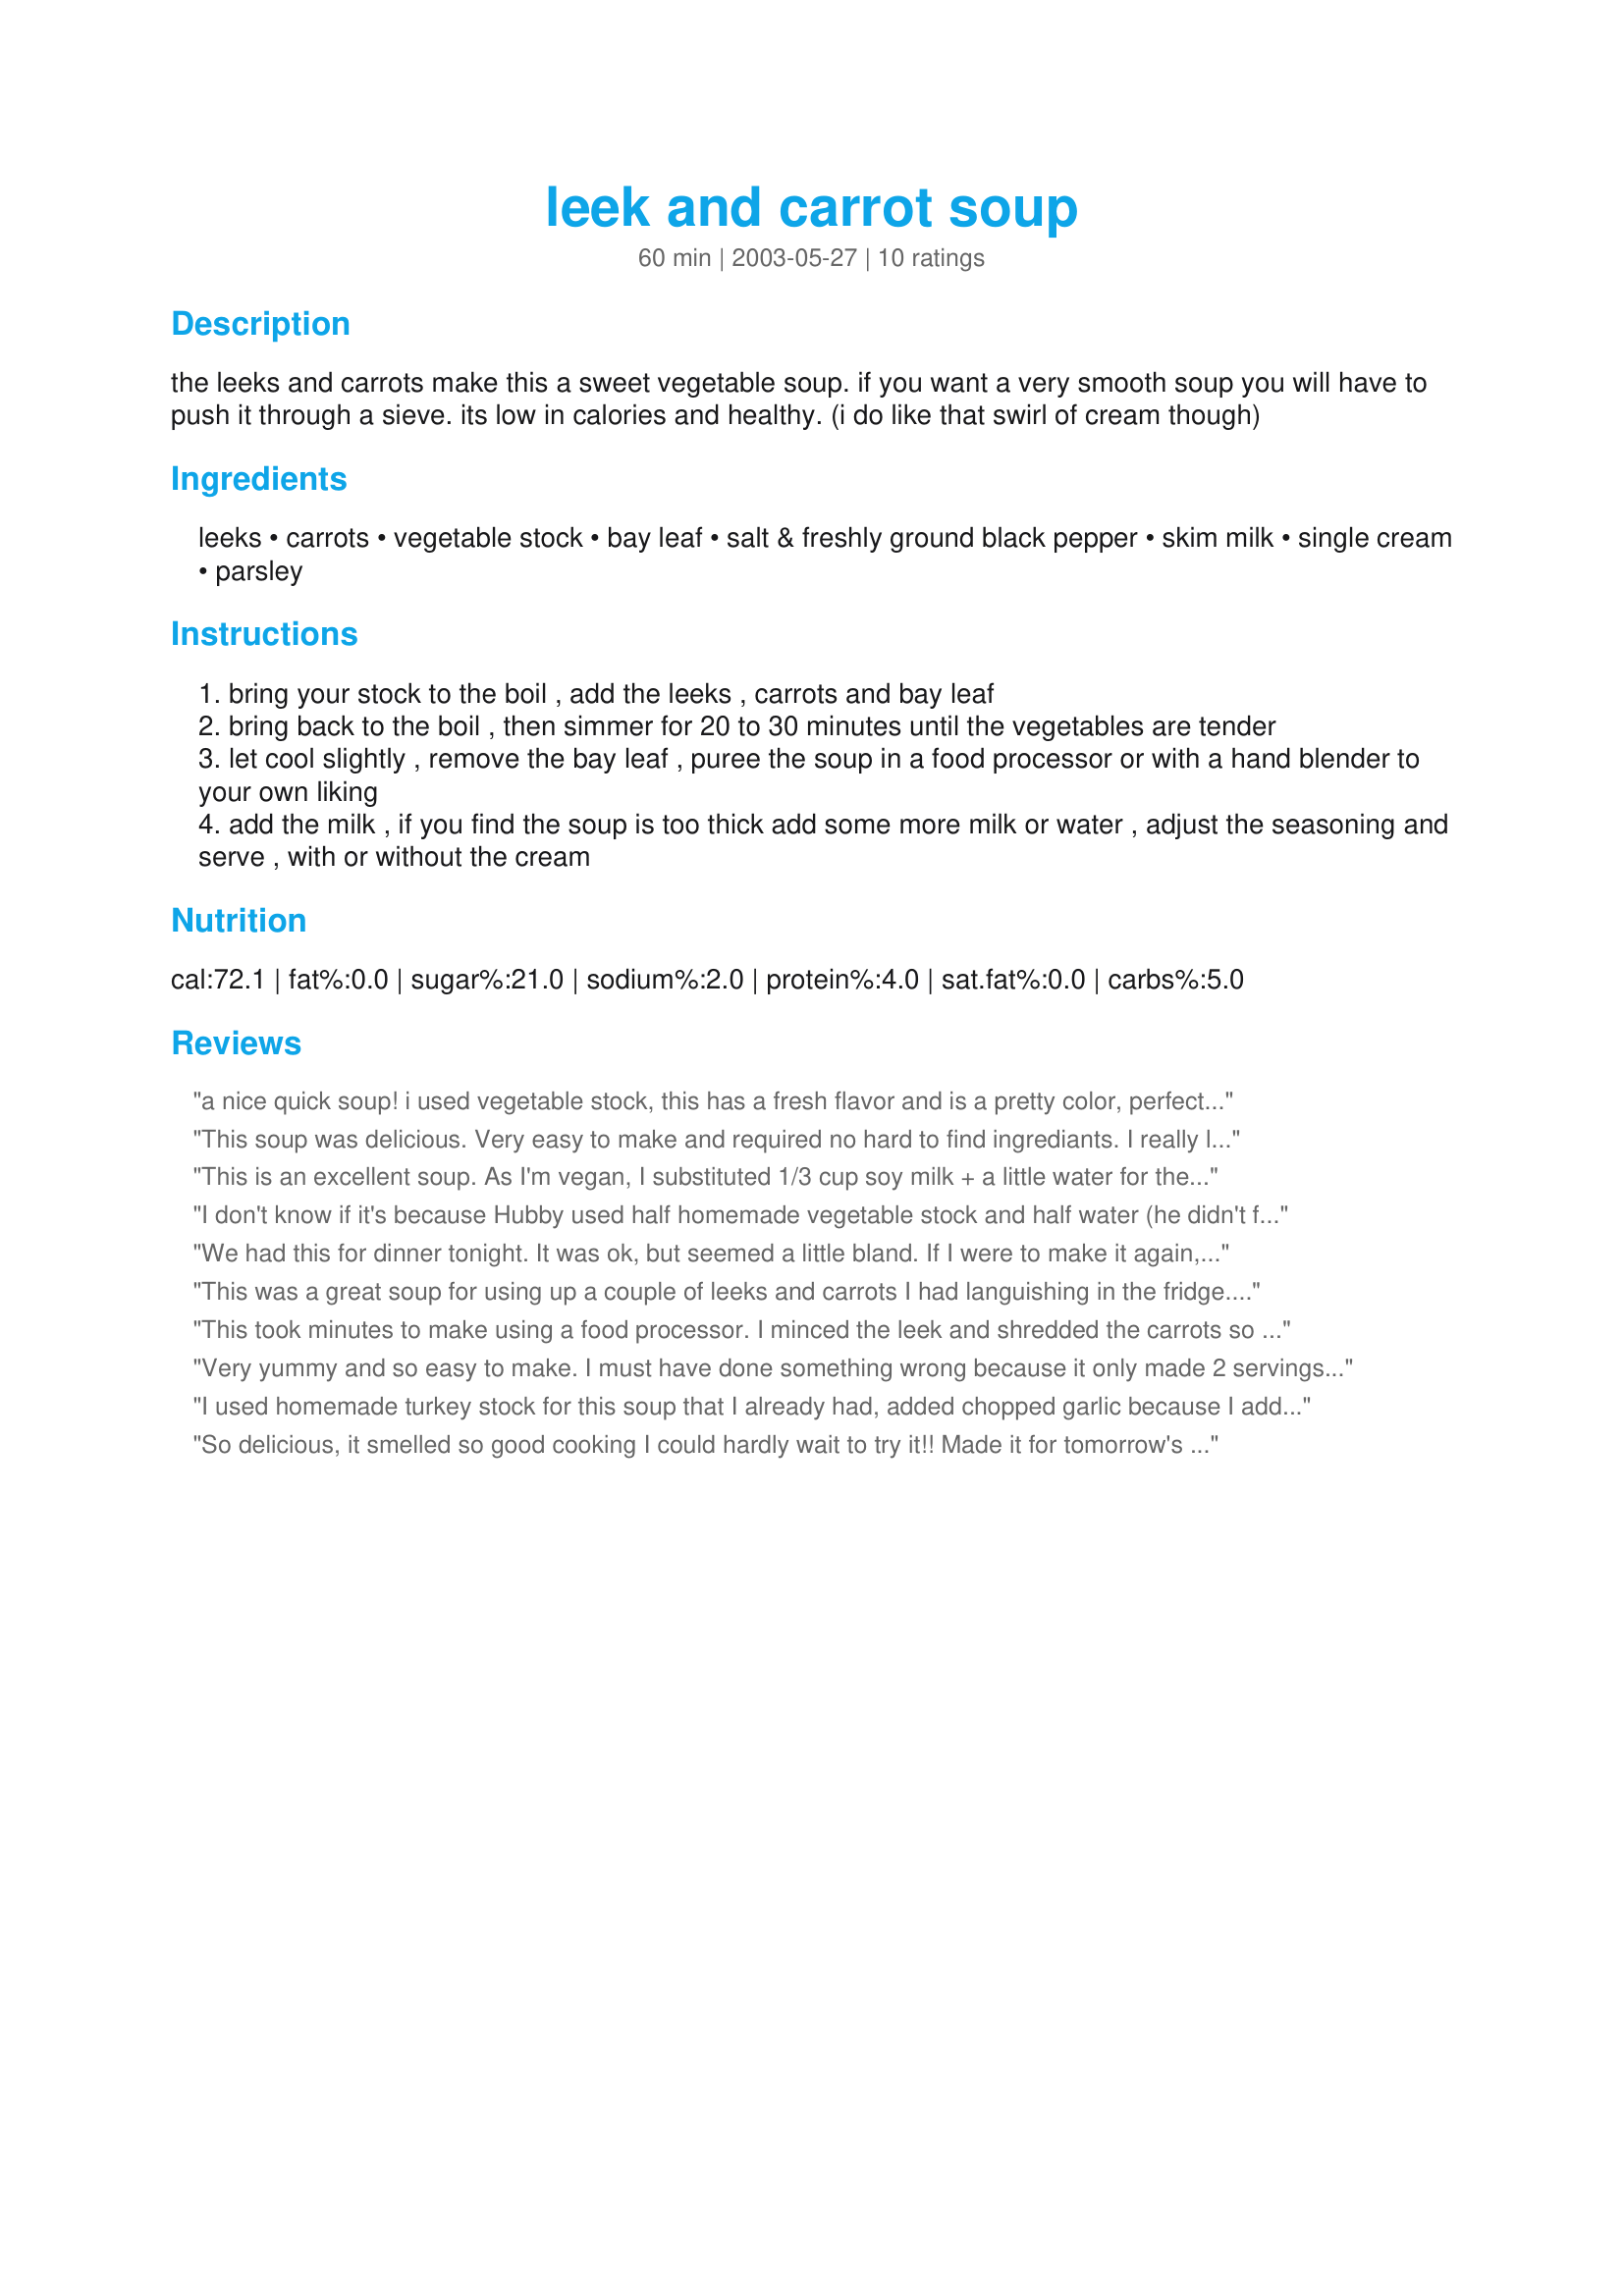
leek and carrot soup
Preparation time: 60 minutes

the leeks and carrots make this a sweet vegetable soup. if you want a very smooth soup you will have to push it through a sieve. its low in calories and healthy. (i do like that swirl of cream though)

Ingredients:
leeks, carrots, vegetable stock, bay leaf, salt & freshly ground black pepper, skim milk, single cream, parsley

Steps:
bring your stock to the boil , add the leeks , carrots and bay leaf
bring back to the boil , then simmer for 20 to 30 minutes until the vegetables are tender
let cool slightly , remove the bay leaf , puree the soup in a food processor or with a hand blender to your own liking
add the milk , if you find the soup is too thick add some more milk or water , adjust the seasoning and serve , with or without the cream

Reviews:
a nice quick soup! i used vegetable stock, this has a fresh flavor and is a pretty color, perfect for autumn
This soup was delicious. Very easy to make and required no hard to find ingrediants. I really liked it.
This is an excellent soup. As I'm vegan, I substituted 1/3 cup soy milk + a little water for the 1/4 cup skim milk. I also added a little orange juice (1/4 cup or less) and about an inch of fresh ginger. It was really fresh and wonderful hot; it's also excellent cold (I garnished it with a few sprigs of mint and a few orange peel curls).
I don't know if it's because Hubby used half homemade vegetable stock and half water (he didn't find the rest of the stock in the back of the freezer) or if this is just a soup that didn't suit our tastes so well. We didn't use milk, preferring au natural, but both and I found this one "just ok". Personal preference is everything though as attested to the other reviews. Please see my rating system, an edible soup but not one that suits our taste, that said I'm please to have tried it. Thanks Anneleis!
We had this for dinner tonight. It was ok, but seemed a little bland. If I were to make it again, I would probably saute the leeks and carrots prior to adding the broth to give it more depth. And would probably add some herbs for more flavor.
This was a great soup for using up a couple of leeks and carrots I had languishing in the fridge. I think next time I made it, I would splure on the fat count a bit and sweat the vegetables off in a tablespoon of oil before I added the stock. I topped this with a dollop of sour cream for the photo, but on the other serves, I topped it with a curry/yoghurt/mayo dressing of Evelyn Athens I had left in the fridge. That was great!
This took minutes to make using a food processor. I minced the leek and shredded the carrots so there was no need to puree. I decided not to put milk in it. We loved it
Very yummy and so easy to make. I must have done something wrong because it only made 2 servings â€“ or maybe my dad and I just ate to much!
I used homemade turkey stock for this soup that I already had, added chopped garlic because I add garlic to most dishes and some whey (from my yoghurt making) for protein. After the veggies were sufficiently soft I pureed using my hand blender. To get my boys to eat it they ended up adding lots of saltines and quite a bit of raita and homemade yoghurt, their vote was "meh" and don't really want me to make it again. Having said that I will likely make it, with alterations, for myself for lunches. Without the raita it was rather bland, so that will definitely be a must to add to the bowl before eating. I was probably more a 3 1/2 with the soup, but the the ingredient amounts were unclear, fluid ounces are not really appropriate for solid food and weight requires a scale, a kitchen gadget not everyone owns so I rounded down rather than up. Like kiwidutch says, personal preference is the key though, the ingredients appealed to me and I'm glad I tried it. With a few changes it'll be a keeper for me, if not my boys. My rating system (newly developed) is on my profile if that helps at all. Thanks for posting. Made for TOTM's Soup-Fest 2011 tag game. :-)
So delicious, it smelled so good cooking I could hardly wait to try it!! Made it for tomorrow's lunch but had to try it when it was done. I used chicken cubes to made the stock and parsley to garnish. When I serve it for lunch I will had a touch of no fat sour cream to top it off. Gorgeous colour and wonderful flavour! Thanks for posting, I''ll be making this again for sure.
